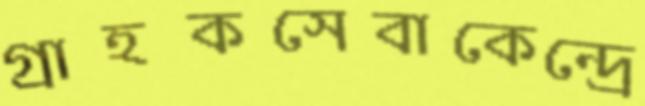
গ্রাহকসেবাকেন্দ্রে